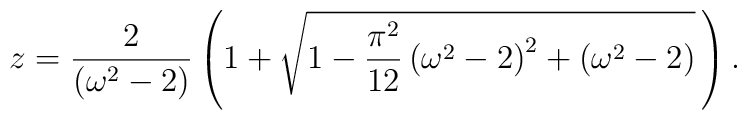
z=\frac{2}{\left( \omega ^{2}-2\right) }\left( 1+\sqrt{1-\frac{\pi^{2}}{12} \left( \omega ^{2}-2\right) ^{2}+\left( \omega^{2}-2\right) }\,\right) .